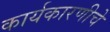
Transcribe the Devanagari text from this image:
कार्यकारणीचे